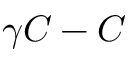
\gamma C - C